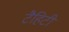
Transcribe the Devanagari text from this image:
टैहिटी